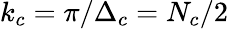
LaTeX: k_{c}=\pi/\Delta_{c}=N_{c}/2